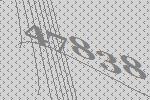
47838